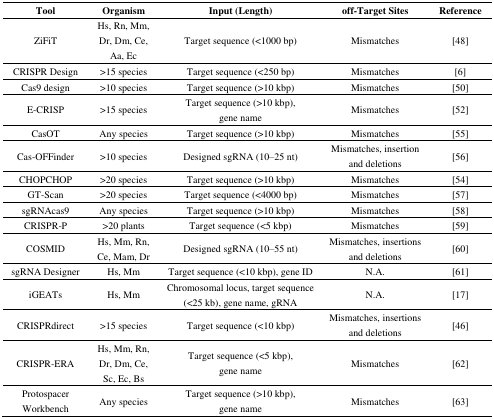
| Tool | Organism | Input (Length) | off-Target Sites | Reference |
 | --- | --- | --- | --- | --- |
 | ZiFiT | Hs, Rn, Mm, Dr, Dm, Ce, Aa, Ec | Target sequence (<1000 bp) | Mismatches | [48] |
 | CRISPR Design | >15 species | Target sequence (<250 bp) | Mismatches | [6] |
 | Cas9 design | >10 species | Target sequence (>10 kbp) | Mismatches | [50] |
 | E-CRISP | >15 species | Target sequence (>10 kbp), gene name | Mismatches | [52] |
 | CasOT | Any species | Target sequence (>10 kbp) | Mismatches | [55] |
 | Cas-OFFinder | >10 species | Designed sgRNA (10–25 nt) | Mismatches, insertion and deletions | [56] |
 | CHOPCHOP | >20 species | Target sequence (>10 kbp) | Mismatches | [54] |
 | GT-Scan | >20 species | Target sequence (<4000 bp) | Mismatches | [57] |
 | sgRNAcas9 | Any species | Target sequence (>10 kbp) | Mismatches | [58] |
 | CRISPR-P | >20 plants | Target sequence (<5 kbp) | Mismatches | [59] |
 | COSMID | Hs, Mm, Rn, Ce, Mam, Dr | Designed sgRNA (10–55 nt) | Mismatches, insertions and deletions | [60] |
 | sgRNA Designer | Hs, Mm | Target sequence (<10 kbp), gene ID | N.A. | [61] |
 | iGEATs | Hs, Mm | Chromosomal locus, target sequence (<25 kb), gene name, gRNA | N.A. | [17] |
 | CRISPRdirect | >15 species | Target sequence (<10 kbp) | Mismatches, insertions and deletions | [46] |
 | CRISPR-ERA | Hs, Mm, Rn, Dr, Dm, Ce, Sc, Ec, Bs | Target sequence (<5 kbp), gene name | Mismatches | [62] |
 | Protospacer Workbench | Any species | Target sequence (>10 kbp), gene name | Mismatches | [63] |